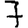
Digit: 7